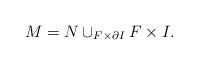
LaTeX: \begin{align*}M = N \cup_{F \times \partial I} F\times I.\end{align*}